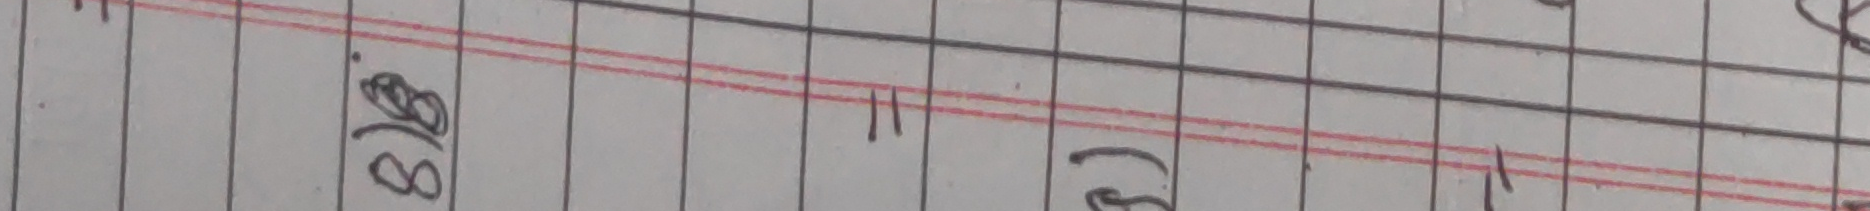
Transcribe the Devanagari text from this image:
६७. । । ३ । ।